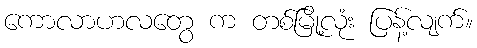
ကောလာဟလတွေ က တစ်မြို့လုံး ပြန့်လျက်။